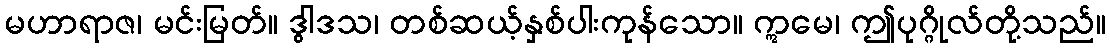
မဟာရာဇ၊ မင်းမြတ်။ ဒွါဒသ၊ တစ်ဆယ့်နှစ်ပါးကုန်သော။ ဣမေ၊ ဤပုဂ္ဂိုလ်တို့သည်။